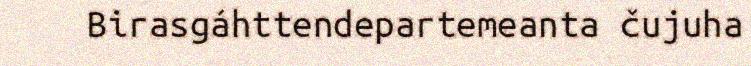
Birasgáhttendepartemeanta čujuha